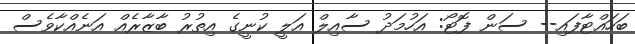
ބަހައްޓާފައި-- ސަން ފޮޓޯ: އަހުމަދު ސާއިލް އަލީ ކުނީގެ އިތުރު ބާޒާރެއް އަނެއްކާވެސް